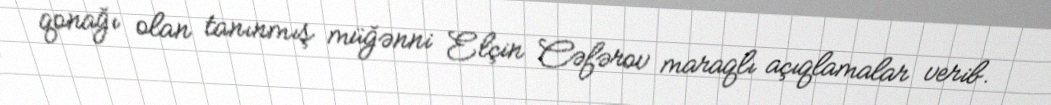
qonağı olan tanınmış müğənni Elçin Cəfərov maraqlı açıqlamalar verib.